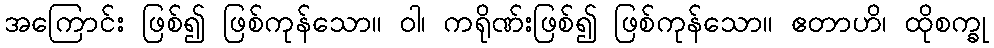
အကြောင်း ဖြစ်၍ ဖြစ်ကုန်သော။ ဝါ၊ ကရိုဏ်းဖြစ်၍ ဖြစ်ကုန်သော။ ဧတာဟိ၊ ထိုစက္ခု